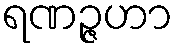
ရဏဉ္ဇဟာ